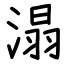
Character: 溻